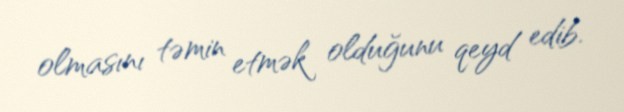
olmasını təmin etmək olduğunu qeyd edib.